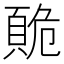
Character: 𲊭